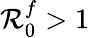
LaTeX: \mathcal{R}_{0}^{f}>1